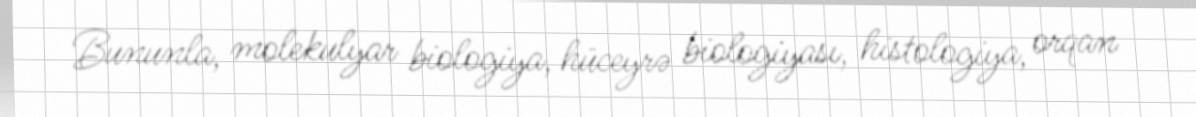
Bununla, molekulyar biologiya, hüceyrə biologiyası, histologiya, orqan